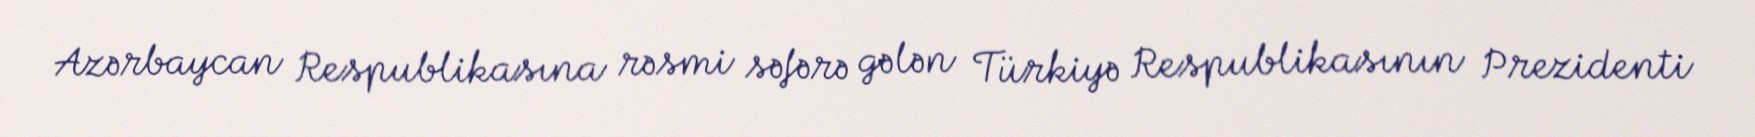
Azərbaycan Respublikasına rəsmi səfərə gələn Türkiyə Respublikasının Prezidenti